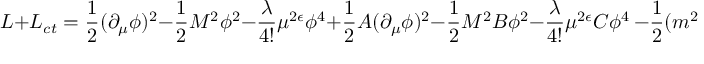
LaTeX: { \cal L } + { \cal L } _ { c t } = { \frac { 1 } { 2 } } ( \partial _ { \mu } \phi ) ^ { 2 } - { \frac { 1 } { 2 } } M ^ { 2 } \phi ^ { 2 } - { \frac { \lambda } { 4 ! } } \mu ^ { 2 \epsilon } \phi ^ { 4 } + { \frac { 1 } { 2 } } A ( \partial _ { \mu } \phi ) ^ { 2 } - { \frac { 1 } { 2 } } M ^ { 2 } B \phi ^ { 2 } - { \frac { \lambda } { 4 ! } } \mu ^ { 2 \epsilon } C \phi ^ { 4 } \, - { \frac { 1 } { 2 } } ( m ^ { 2 } - M ^ { 2 } ) ( 1 + B ) \phi ^ { 2 }